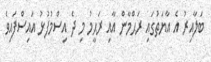
ބަލާއިރު އެ އާޔަތުގައި ރަޙްމާން އާއި ރަޙީމު މި ދެ އިސްމުފުޅު އައިސްފައިވެ